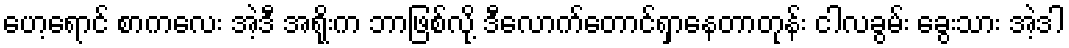
ဟေ့ရောင် စာကလေး အဲ့ဒီ အရိုးက ဘာဖြစ်လို့ ဒီလောက်တောင်ရှာနေတာတုန်း ငါလခွမ်း ခွေးသား အဲ့ဒါ